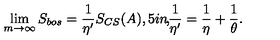
\lim _ { m \rightarrow \infty } S _ { b o s } = \frac 1 { \eta ^ { \prime } } S _ { C S } ( A ) , \makebox [ . 5 i n ] { , } \frac 1 { \eta ^ { \prime } } = \frac 1 \eta + \frac 1 \theta .